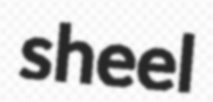
sheel